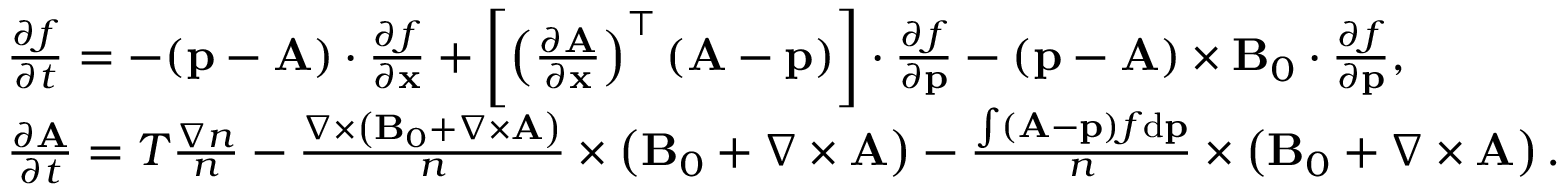
\begin{array} { r l } & { \frac { \partial f } { \partial t } = - ( { \mathbf p } - { \mathbf A } ) \cdot \frac { \partial f } { \partial { \mathbf x } } + \left[ \left( \frac { \partial { \mathbf A } } { \partial \mathbf x } \right) ^ { \top } ( { \mathbf A } - { \mathbf p } ) \right] \cdot \frac { \partial f } { \partial { \mathbf p } } - ( { \mathbf p } - { \mathbf A } ) \times { \mathbf B } _ { 0 } \cdot \frac { \partial f } { \partial { \mathbf p } } , } \\ & { \frac { \partial { \mathbf A } } { \partial t } = T \frac { \nabla n } { n } - \frac { \nabla \times \left( { \mathbf B } _ { 0 } + \nabla \times { \mathbf A } \right) } { n } \times \left( { \mathbf B } _ { 0 } + { \nabla \times { \mathbf A } } \right) - \frac { \int ( { \mathbf A } - { \mathbf p } ) f \mathrm { d } { \mathbf p } } { n } \times \left( { { \mathbf B } _ { 0 } + \nabla \times { \mathbf A } } \right) . } \end{array}